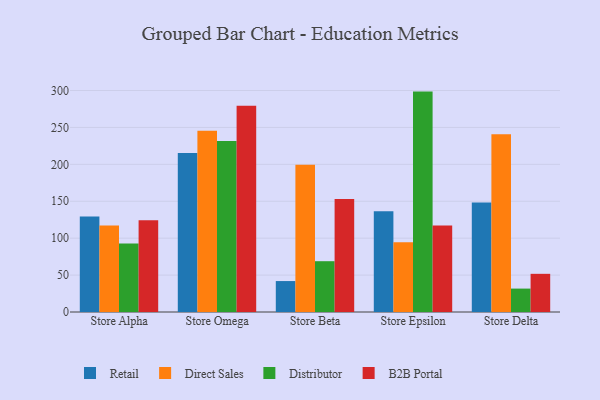
{"axis": {"x": "Store", "y": "Churn Rate (%)"}, "legend": ["B2B Portal", "Direct Sales", "Distributor", "Retail"], "data": [{"x": "Store Alpha", "y": 129.2, "type": "Retail"}, {"x": "Store Alpha", "y": 117.2, "type": "Direct Sales"}, {"x": "Store Alpha", "y": 92.8, "type": "Distributor"}, {"x": "Store Alpha", "y": 124.2, "type": "B2B Portal"}, {"x": "Store Omega", "y": 215.5, "type": "Retail"}, {"x": "Store Omega", "y": 245.4, "type": "Direct Sales"}, {"x": "Store Omega", "y": 231.5, "type": "Distributor"}, {"x": "Store Omega", "y": 279.5, "type": "B2B Portal"}, {"x": "Store Beta", "y": 41.9, "type": "Retail"}, {"x": "Store Beta", "y": 199.5, "type": "Direct Sales"}, {"x": "Store Beta", "y": 68.8, "type": "Distributor"}, {"x": "Store Beta", "y": 152.9, "type": "B2B Portal"}, {"x": "Store Epsilon", "y": 136.4, "type": "Retail"}, {"x": "Store Epsilon", "y": 94.5, "type": "Direct Sales"}, {"x": "Store Epsilon", "y": 298.5, "type": "Distributor"}, {"x": "Store Epsilon", "y": 117.3, "type": "B2B Portal"}, {"x": "Store Delta", "y": 148.4, "type": "Retail"}, {"x": "Store Delta", "y": 240.7, "type": "Direct Sales"}, {"x": "Store Delta", "y": 31.7, "type": "Distributor"}, {"x": "Store Delta", "y": 51.7, "type": "B2B Portal"}]}